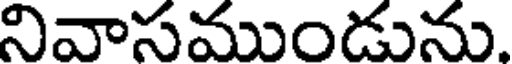
నివాసముండును.